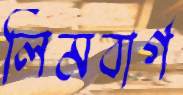
লিমবার্গ